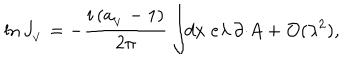
LaTeX: \ln J _ { _ V } = - \frac { i \, ( a _ { _ V } - 1 ) } { 2 \pi } \int \! \! d x \; e \lambda \, \partial \cdotp \! A + { \cal O } ( \lambda ^ { 2 } ) ,